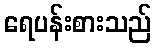
ရေပန်းစားသည်